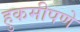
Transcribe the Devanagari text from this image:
हुकमीपणे